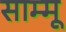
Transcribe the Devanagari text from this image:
साम्मू